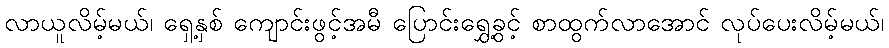
လာယူလိမ့်မယ်၊ ရှေ့နှစ် ကျောင်းဖွင့်အမီ ပြောင်းရွှေ့ခွင့် စာထွက်လာအောင် လုပ်ပေးလိမ့်မယ်၊